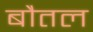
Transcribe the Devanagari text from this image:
बौतल